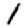
Digit: 1